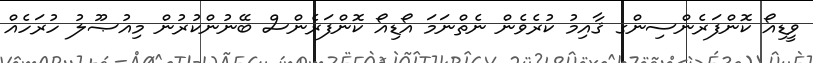
ވީޑިއޯ ކޮންފަރެންސިންގ ޤާއިމު ކުރެވެން ނެތްނަމަ އޯޑިއޯ ކޮންފަރެންސް ބޭނުންކުރުން މިއުޞޫލު ހުރަހެއް